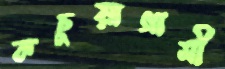
কচুয়াগামী